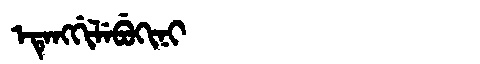
Manchu: ᡝᡨᡝᠩᡤᡳᠯᡝᠪᡠᡴᡳᠨᡳ
Romanization: ETENGGILEBUKINI